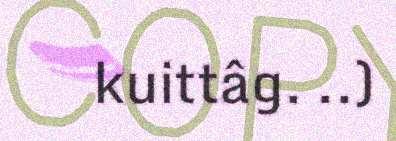
kuittâg. ..)